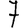
Digit: 7